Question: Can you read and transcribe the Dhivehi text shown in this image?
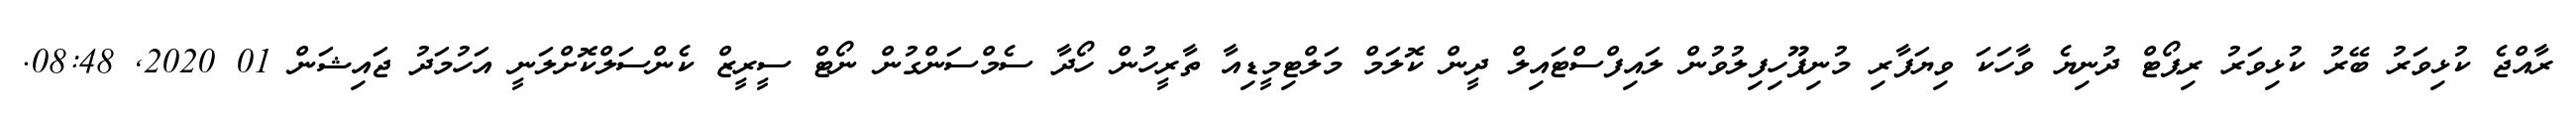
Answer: ރާއްޖެ ކުޅިވަރު ބޭރު ކުޅިވަރު ރިޕޯޓް ދުނިޔެ ވާހަކަ ވިޔަފާރި މުނިފޫހިފިލުވުން ލައިފްސްޓައިލް ދީން ކޮލަމް މަލްޓިމީޑިއާ ތާރީހުން ހޯދާ ސެމްސަންގުން ނޯޓް ސީރީޒް ކެންސަލްކޮށްލަނީ އަހުމަދު ޖައިޝަން 01 2020, 08:48.